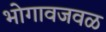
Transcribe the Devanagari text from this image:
भोगावजवळ